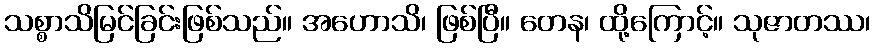
သစ္စာသိမြင်ခြင်းဖြစ်သည်။ အဟောသိ၊ ဖြစ်ပြီ။ တေန၊ ထို့ကြောင့်။ သုဇာတဿ၊